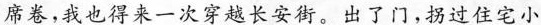
席卷，我也得来一次穿越长安街。出了门，拐过住宅小